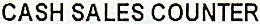
CASH SALES COUNTER